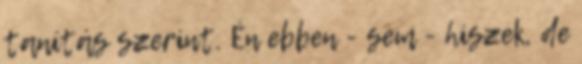
tanítás szerint. Én ebben - sem - hiszek, de